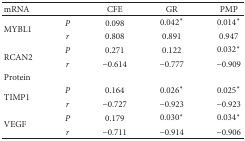
<table><thead><tr><td><b>mRNA</b></td><td></td><td><b>CFE</b></td><td><b>GR</b></td><td><b>PMP</b></td></tr></thead><tbody><tr><td rowspan="2">MYBL1</td><td><i>P</i></td><td>0.098</td><td>0.042<sup>∗</sup></td><td>0.014<sup>∗</sup></td></tr><tr><td><i>r</i></td><td>0.808</td><td>0.891</td><td>0.947</td></tr><tr><td rowspan="2">RCAN2</td><td><i>P</i></td><td>0.271</td><td>0.122</td><td>0.032<sup>∗</sup></td></tr><tr><td><i>r</i></td><td>−0.614</td><td>−0.777</td><td>−0.909</td></tr><tr><td>Protein</td><td></td><td></td><td></td><td></td></tr><tr><td rowspan="2">TIMP1</td><td><i>P</i></td><td>0.164</td><td>0.026<sup>∗</sup></td><td>0.025<sup>∗</sup></td></tr><tr><td><i>r</i></td><td>−0.727</td><td>−0.923</td><td>−0.923</td></tr><tr><td rowspan="2">VEGF</td><td><i>P</i></td><td>0.179</td><td>0.030<sup>∗</sup></td><td>0.034<sup>∗</sup></td></tr><tr><td><i>r</i></td><td>−0.711</td><td>−0.914</td><td>−0.906</td></tr></tbody></table>